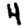
Digit: 4